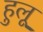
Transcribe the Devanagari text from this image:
हुलू